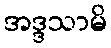
အဒ္ဒသာမိ